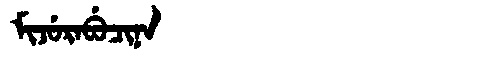
Manchu: ᠮᡳᠵᡠᡵᠠᠪᡠᠴᡳᠨᠠ
Romanization: MIJURABUCINA